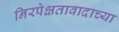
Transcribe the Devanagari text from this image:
निरपेक्षतावादाच्या